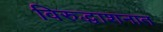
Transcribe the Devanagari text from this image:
विरुद्धाशनात